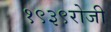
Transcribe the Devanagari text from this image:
१९३९रोजी